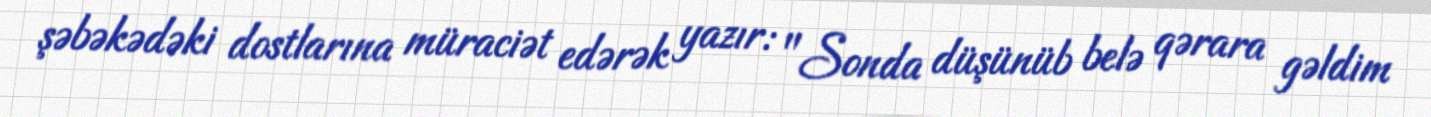
şəbəkədəki dostlarına müraciət edərək yazır: "Sonda düşünüb belə qərara gəldim